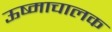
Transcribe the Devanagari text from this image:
ऊष्माचालक